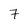
Character: 7